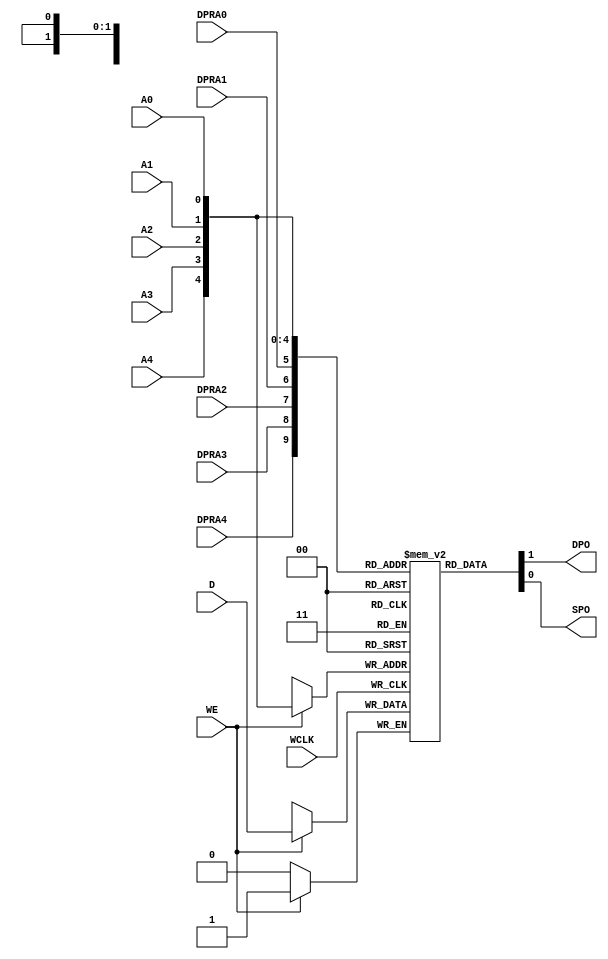
module RAM32X1D_3 (
    DPO,
    SPO,
    A0,
    A1,
    A2,
    A3,
    A4,
    D,
    DPRA0,
    DPRA1,
    DPRA2,
    DPRA3,
    DPRA4,
    WCLK,
    WE
);
parameter dw = 1;
parameter aw = 5;
output DPO, SPO;
input DPRA0, DPRA1, DPRA2, DPRA3, DPRA4;
input A0, A1, A2, A3, A4;
input D;
input WCLK;
input WE;
reg	[dw-1:0]	mem [(1<<aw)-1:0];	
assign DPO = mem[{DPRA4 , DPRA3 , DPRA2 , DPRA1 , DPRA0}][dw-1:0];
assign SPO = mem[{A4 , A3 , A2 , A1 , A0}][dw-1:0];
always @(posedge WCLK)
	if (WE)
		mem[{A4 , A3 , A2 , A1 , A0}] <= #1 D;
endmodule